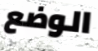
الوضع